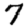
Digit: 7